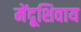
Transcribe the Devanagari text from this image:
मेंदूशिवाय